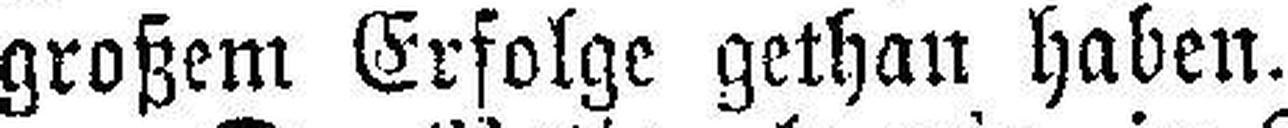
großem Erfolge gethan haben.